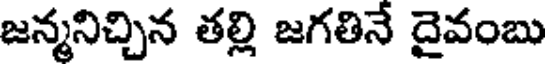
జన్మనిచ్చిన తల్లి జగతినే దైవంబు